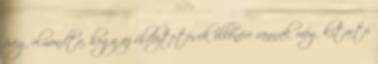
öreg elmondta, hogy az üldöztetések ellenére vannak még kitartó